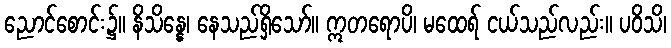
ညောင်စောင်း၌။ နိသိန္နေ၊ နေသည်ရှိသော်။ ဣတရောပိ၊ မထေရ် ငယ်သည်လည်း။ ပဝိသိ၊